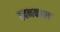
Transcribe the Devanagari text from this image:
हवनकाल